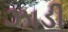
ઝાડી